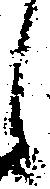
候